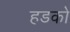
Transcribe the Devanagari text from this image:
हडको